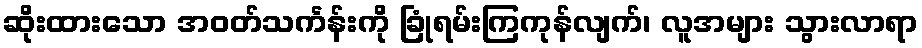
ဆိုးထားသော အဝတ်သင်္ကန်းကို ခြုံရမ်းကြကုန်လျက်၊ လူအများ သွားလာရာ